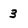
Character: 3